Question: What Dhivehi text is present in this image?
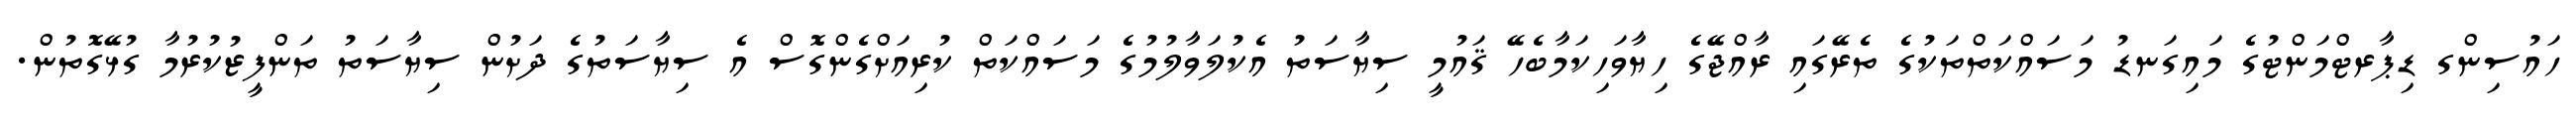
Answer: ހައުސިންގ ޑިޕާރޓްމަންޓުގެ މައިގަނޑު މަސައްކަތްތަކުގެ ތެރޭގައި ރާއްޖޭގެ ހިޔާވަހިކަމާބެހޭ ޤައުމީ ސިޔާސަތު އެކުލަވާލުމުގެ މަސައްކަތް ކުރިއަށްގެންގޮސް އެ ސިޔާސަތުގެ ދަށުން ސިޔާސަތު ތަންފީޒުކުރުމާ ގުޅޭގޮތުން.